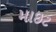
માઇટ